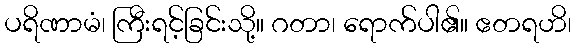
ပရိဏာမံ၊ ကြီးရင့်ခြင်းသို့။ ဂတာ၊ ရောက်ပါ၏။ ဧတရဟိ၊